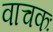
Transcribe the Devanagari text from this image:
वाचकः